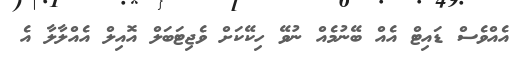
އެއްވެސް ޑައިޓް އެއް ބޭނުމެއް ނުވޭ ހިކޭކަށް ވެޖިޓަބަލް އޮއިލް އެއްލާލާ އެ